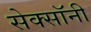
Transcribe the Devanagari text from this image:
सेक्सॉनी